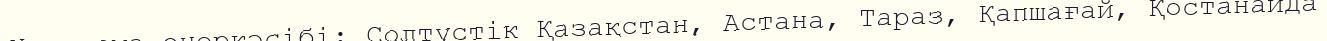
Ұн жарма өнеркәсібі: Солтүстік Қазақстан, Астана, Тараз, Қапшағай, Қостанайда